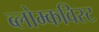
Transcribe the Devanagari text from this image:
ब्लोम्कविस्ट